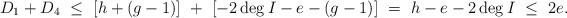
LaTeX: \begin{align*}D_1 + D_4 \ \le \ [ h + (g-1)] \ + \ [-2 \deg I - e - (g-1)] \ = \ h-e - 2 \deg I \ \le \ 2e.\end{align*}